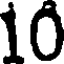
10